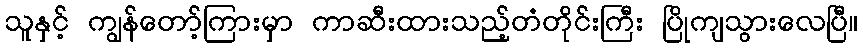
သူနှင့် ကျွန်တော့်ကြားမှာ ကာဆီးထားသည့်တံတိုင်းကြီး ပြိုကျသွားလေပြီ။